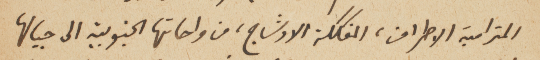
المترامية الاطراف، المفككة الاوشاج، من واحاتها الجنوبية الى جبالها